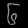
Digit: ၆